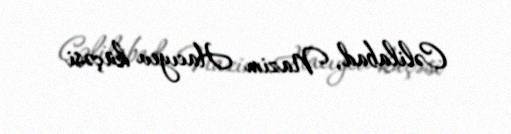
Cəlilabad, Nazim Hacıyev küçəsi